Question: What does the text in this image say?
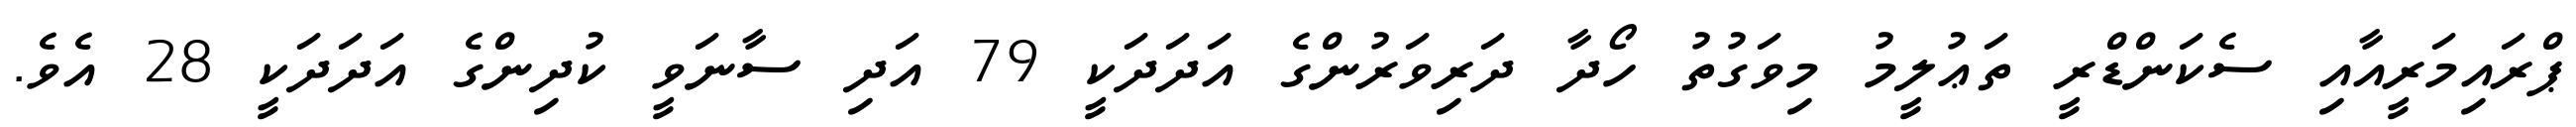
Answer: ޕްރައިމަރީއާއި ސެކަންޑްރީ ތަޢުލީމު މިވަގުތު ހޯދާ ދަރިވަރުންގެ އަދަދަކީ 79 އަދި ސާނަވީ ކުދިންގެ އަދަދަކީ 28 އެވެ.